NAE_kihelkonnakohtute_kirjad_ja_protokollid_1869-1889, lk 8
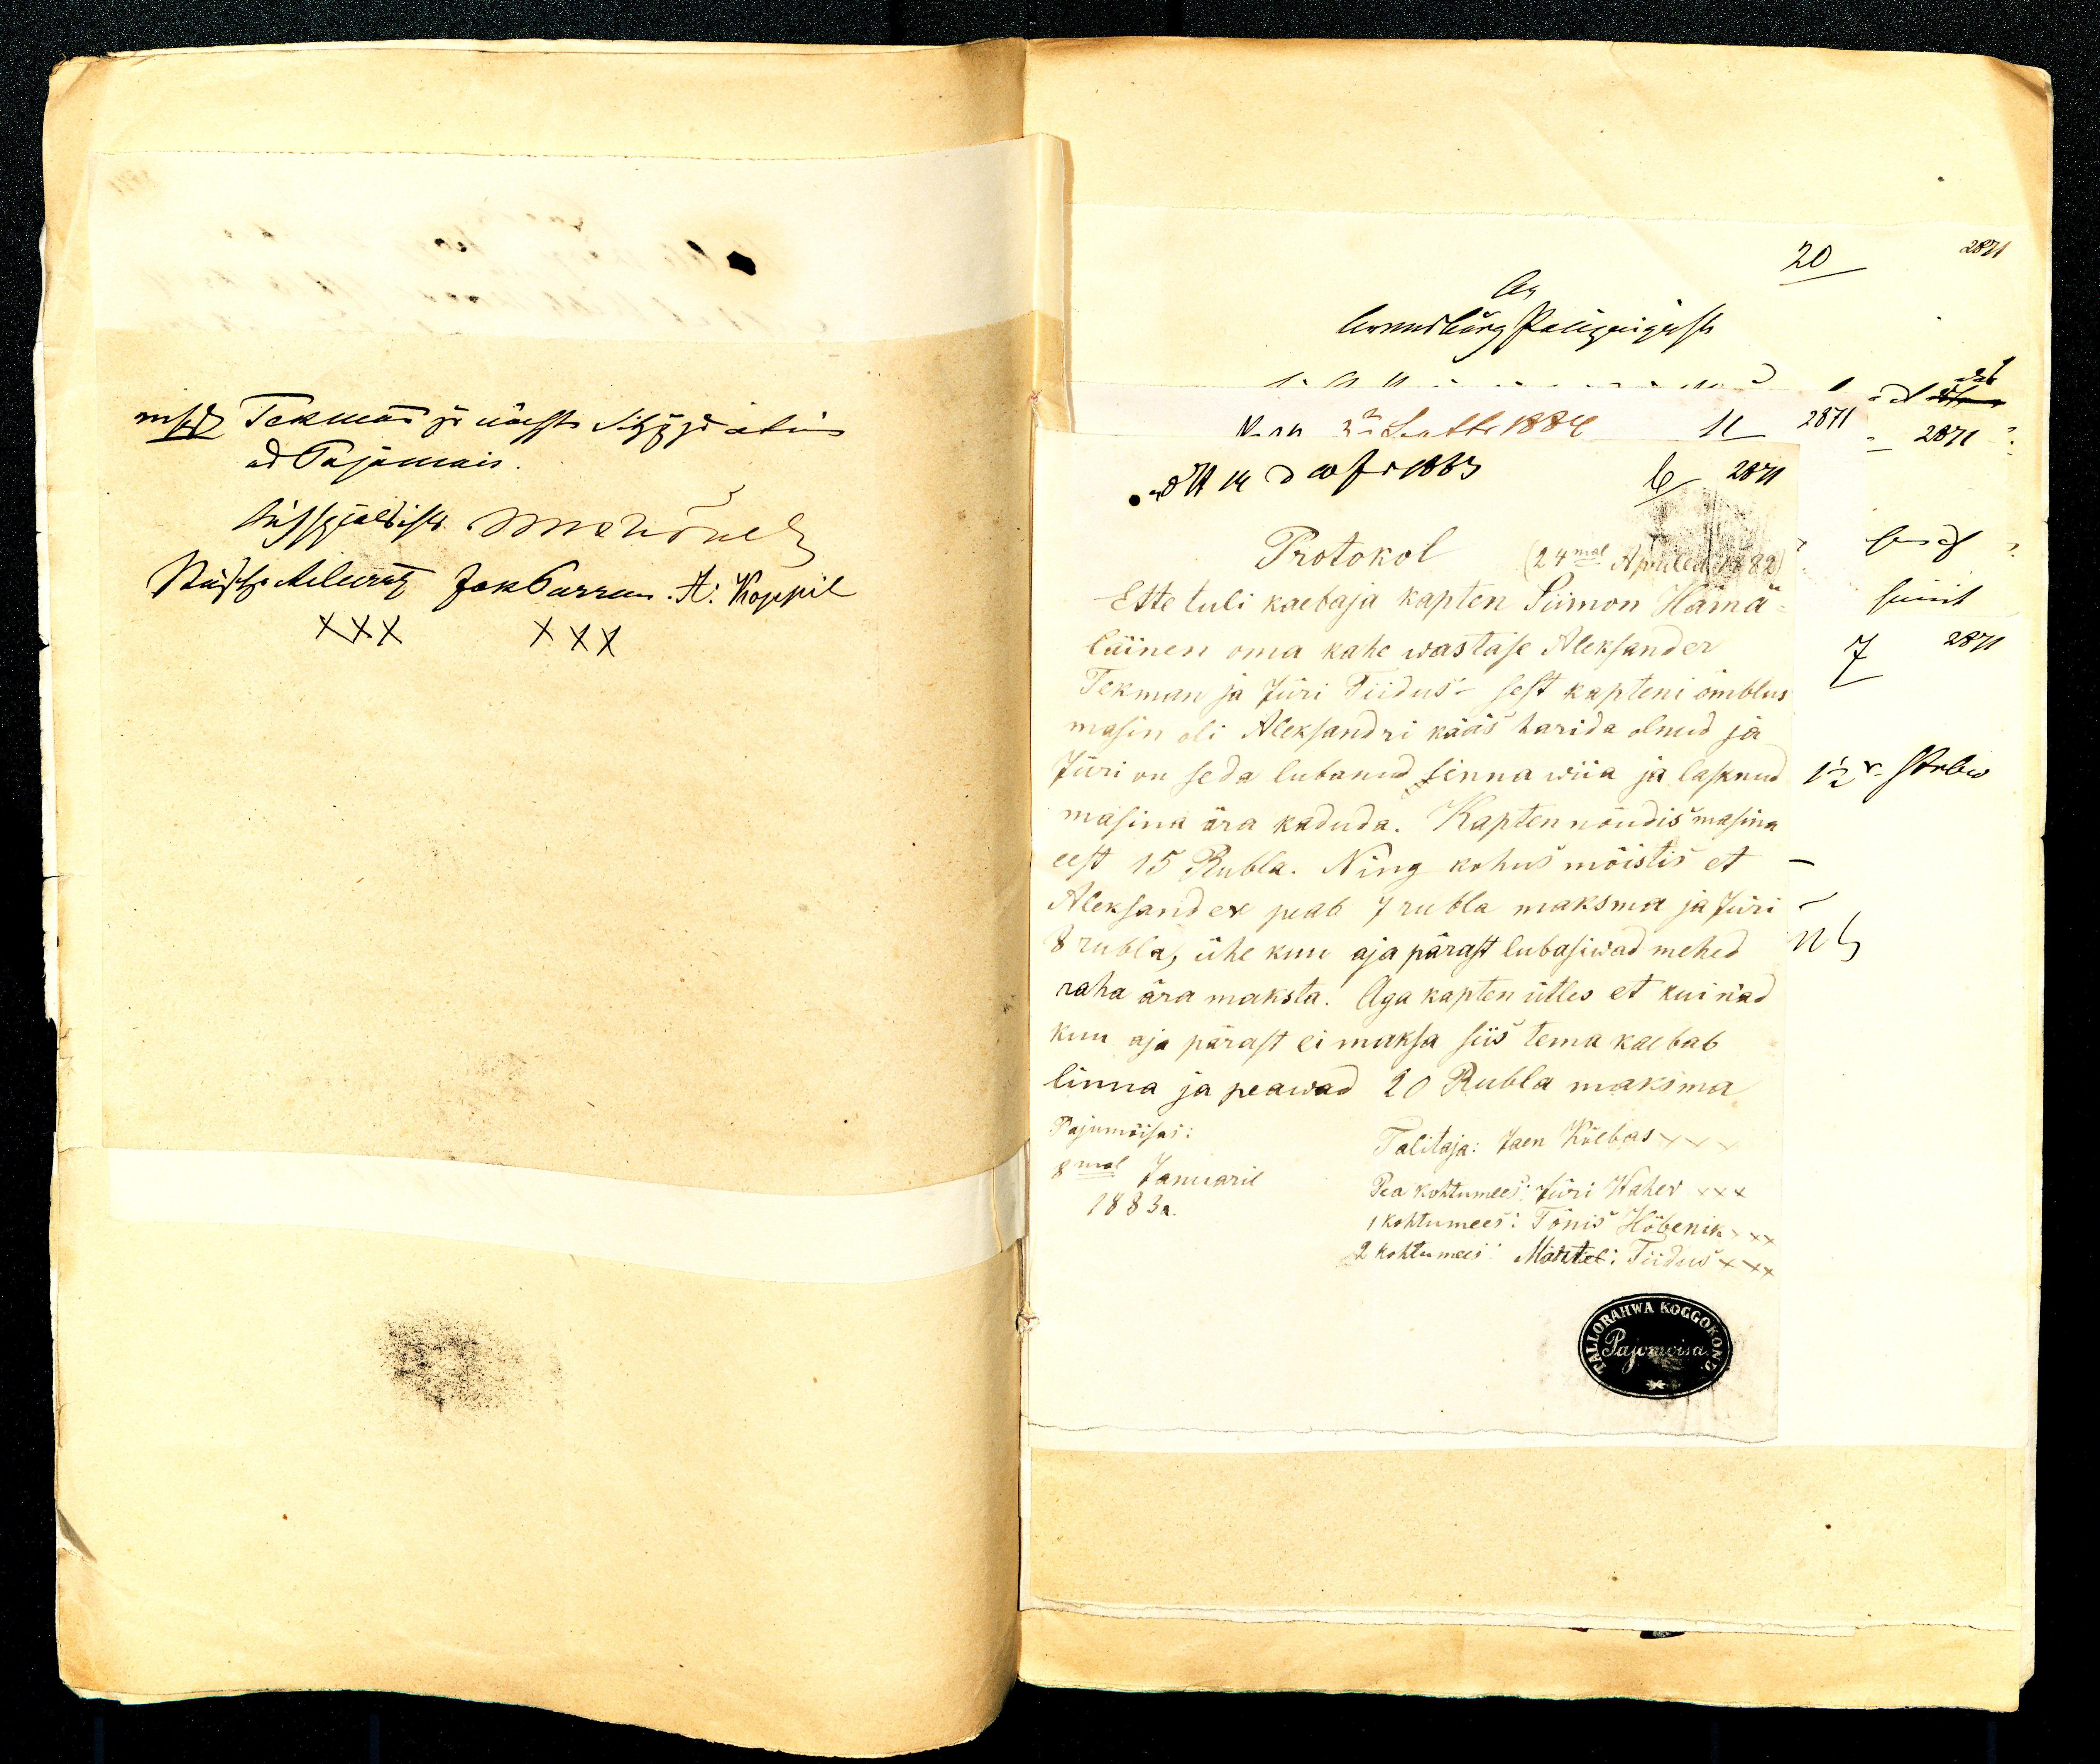
Protokoll (24mal Aprillil 1882)
Ette tuli kapten Siimon Hämä-
läinen oma kahe wastase Aleksander 
Tekman ja Jüri Tiidus sest kapteni õmblus 
masin oli Aleksandri kääs harida olnud ja 
Jüri on seda lubanud sinna wiia ja lasknud 
masina ära kaduda. Kapten nõudis masina 
eest 15 rubla. Ning kohus mõistis et 
Alexader peab 7 rubla maksma ja Jüri 
8 rubla, ühe kuu aja pärast lubasivad mehed 
raha ära maksta. Aga kapten ütles et kui nad 
kuu aja pärast ei maksa siis tema kaebab 
linna ja peawad 20 Rubla maksma
Pajumõisas
Talitaja: Jaan Külbas xxx
Pea Kohtumees: Jüri Waher xxx
2 kohtumees. Märtet. Tiidus xxx
1 kohtumees: Tõnis Höbenik xxx
8mal Januaril
1883 a.